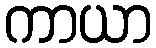
ကာယာ